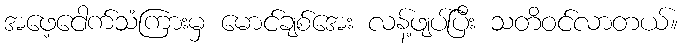
အဖေ့ငေါက်သံကြားမှ မောင်ချစ်အေး လန့်ဖျပ်ပြီး သတိဝင်လာတယ်။